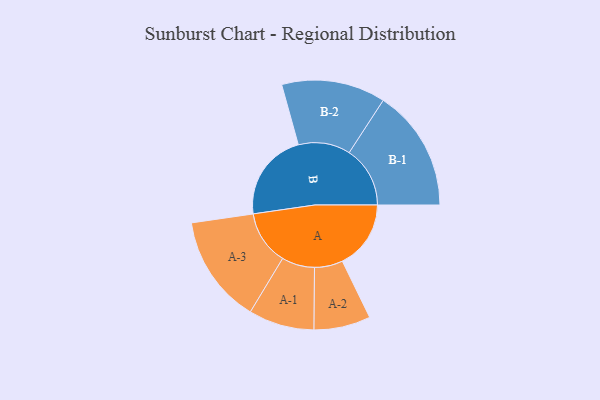
{"axis": {"x": "Segment", "y": "Value"}, "legend": ["", "A", "B"], "data": [{"x": "A", "y": 315, "type": ""}, {"x": "B", "y": 407, "type": ""}, {"x": "A-1", "y": 151, "type": "A"}, {"x": "A-2", "y": 130, "type": "A"}, {"x": "A-3", "y": 249, "type": "A"}, {"x": "B-1", "y": 280, "type": "B"}, {"x": "B-2", "y": 239, "type": "B"}]}